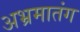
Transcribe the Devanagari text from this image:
अभ्रमातंग